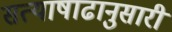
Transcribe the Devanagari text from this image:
सत्याषाढानुसारी